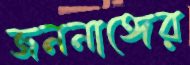
জননাঙ্গের